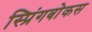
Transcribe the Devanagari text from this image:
स्प्रिंगबोकस